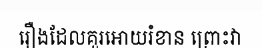
រឿងដែលគួរអោយរំខាន ព្រោះវា